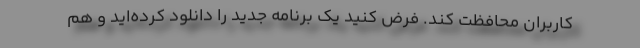
کاربران محافظت کند. فرض کنید یک برنامه جدید را دانلود کرده‌اید و هم